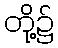
တို့၌